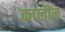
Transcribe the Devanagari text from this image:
कालींन